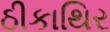
ઠીકાથિર